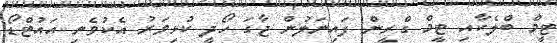
ޓީމް ބްލެކާއި ޓީމް ގްރީން ފައިނަލުން ޖާގަ ހޯދީ ކުޅިވަރު އެކުވެނި އައުޓްޑޯ